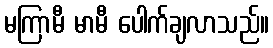
မကြာမီ မာမီ ပေါက်ချလာသည်။